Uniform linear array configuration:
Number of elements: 4
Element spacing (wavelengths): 0.75
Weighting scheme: binomial
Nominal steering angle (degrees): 30
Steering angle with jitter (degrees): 29.06
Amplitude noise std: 0.05
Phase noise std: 0.05

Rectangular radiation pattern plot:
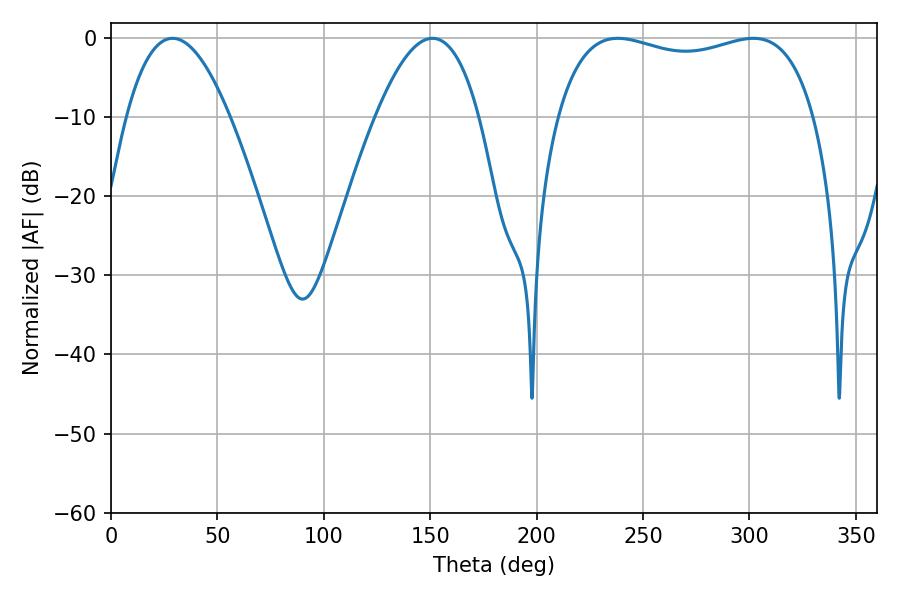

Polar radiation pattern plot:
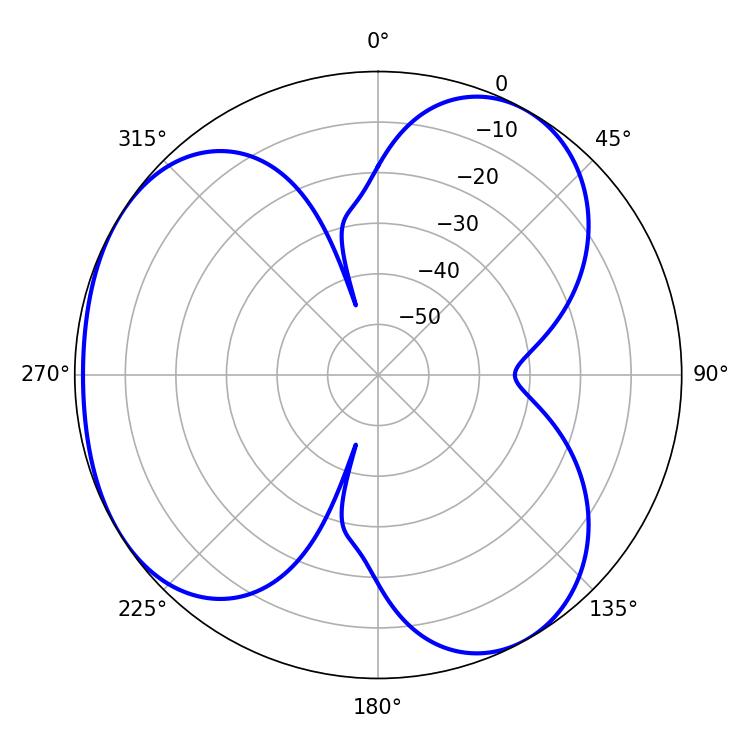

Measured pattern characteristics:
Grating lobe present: TRUE
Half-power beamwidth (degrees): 99
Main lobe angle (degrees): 238.14